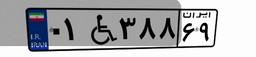
۰۱W۳۸۸۶۹